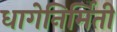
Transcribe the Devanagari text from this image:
धागेनिर्मिती